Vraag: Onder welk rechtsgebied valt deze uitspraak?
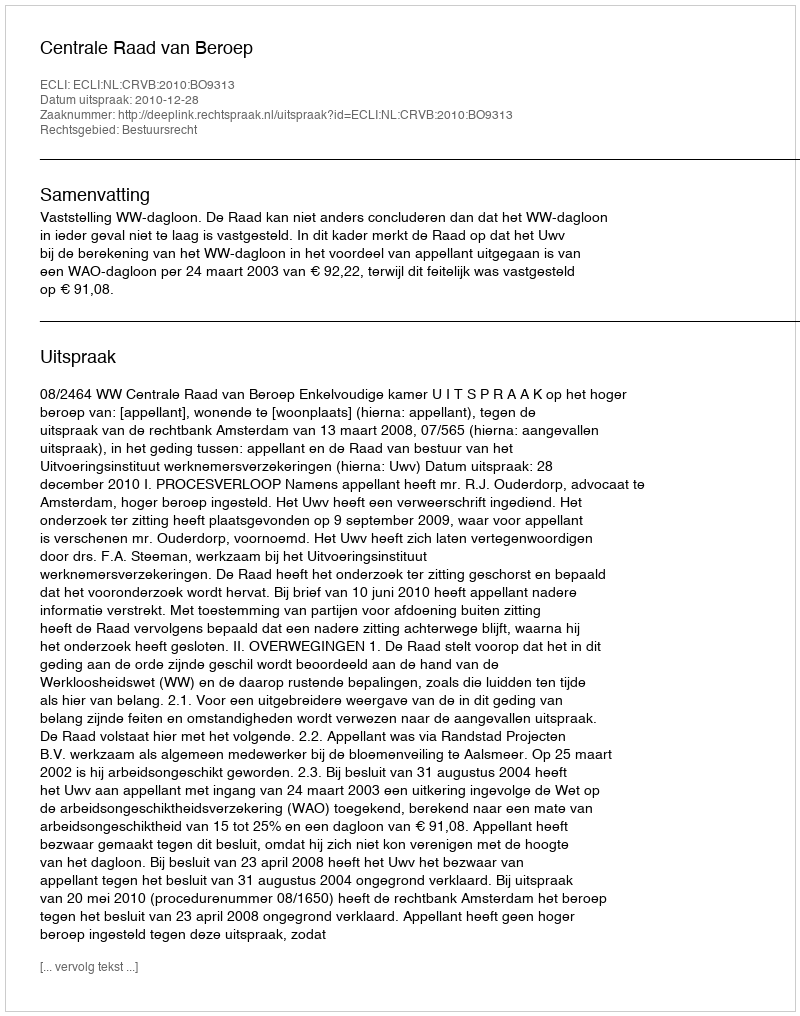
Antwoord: Bestuursrecht